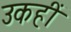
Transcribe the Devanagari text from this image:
उकहीं